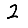
Digit: 2